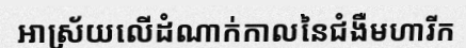
អាស្រ័យលើដំណាក់កាលនៃជំងឺមហារីក